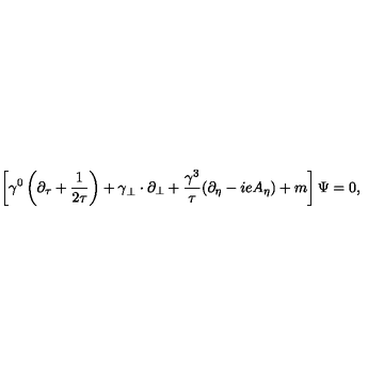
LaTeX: \left[ \gamma ^ { 0 } \left( \partial _ { \tau } + { \frac { 1 } { 2 \tau } } \right) + { \bf \gamma } _ { \perp } \cdot \partial _ { \perp } + { \frac { \gamma ^ { 3 } } { \tau } } ( \partial _ { \eta } - i e A _ { \eta } ) + m \right] \Psi = 0 ,